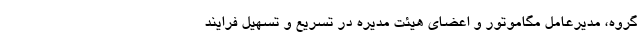
گروه، مدیرعامل مگاموتور و اعضای هیئت مدیره در تسریع و تسهیل فرایند